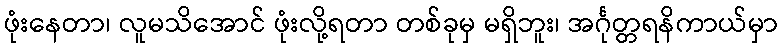
ဖုံးနေတာ၊ လူမသိအောင် ဖုံးလို့ရတာ တစ်ခုမှ မရှိဘူး၊ အင်္ဂုတ္တရနိကာယ်မှာ